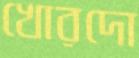
খোরদো